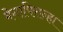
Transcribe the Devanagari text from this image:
मेगापिरान्हा